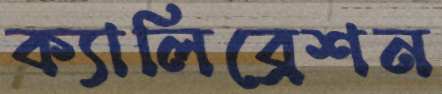
ক্যালিব্রেশন